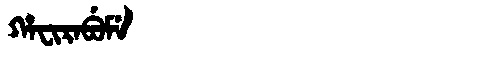
Manchu: ᡥᠠᠸᡳᡵᠠᠪᡠᠮᡝ
Romanization: HAFIRABUME